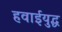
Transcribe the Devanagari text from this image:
हवाईयुद्ध